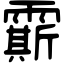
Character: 𩅰